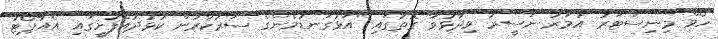
ހޯމް މިނިސްޓަރު އުމަރު ނަސީރު ވިދާޅުވާ ގޮތުގައި "އަޅުގަނޑުމެންގެ ސަރުކާރުން ކުޅުދުއްފުށީގައި އެއާޕޯޓު